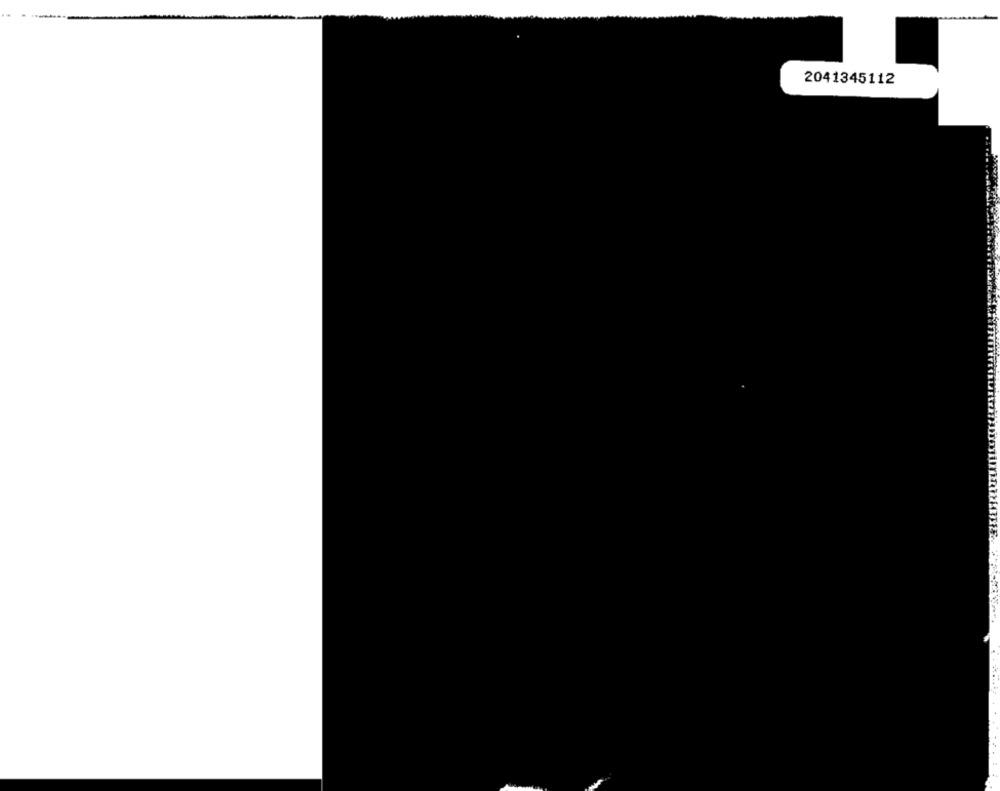
2041345112